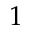
1